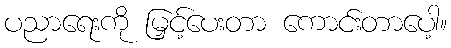
ပညာရေးကို မြှင့်ပေးတာ ကောင်းတာပေါ့။